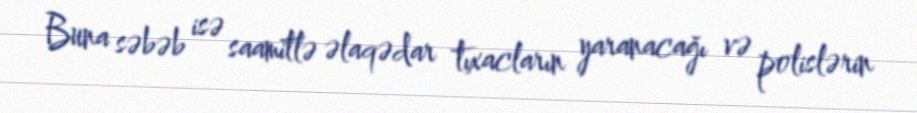
Buna səbəb isə saamitlə əlaqədar tıxacların yaranacağı və polislərin